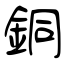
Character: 銅